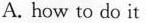
A. how to do it